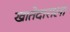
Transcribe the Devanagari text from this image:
खातेदाराला